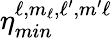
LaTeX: \eta_{min}^{\ell,m_{\ell},\ell^{\prime},m^{\prime}\ell}